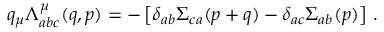
q _ { \mu } \Lambda _ { a b c } ^ { \mu } ( q , p ) = - \left[ \delta _ { a b } \Sigma _ { c a } ( p + q ) - \delta _ { a c } \Sigma _ { a b } ( p ) \right] \, .